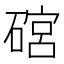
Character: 䃔